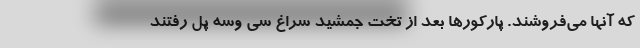
که آنها می‌فروشند. پارکورها بعد از تخت جمشید سراغ سی‌‌ وسه‌ پل رفتند